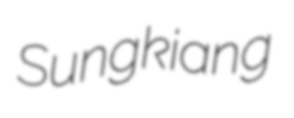
Sungkiang